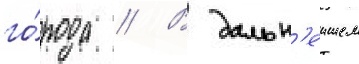
го́рода // В дальн'еишем